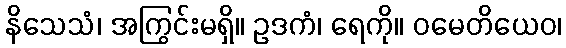
နိသေသံ၊ အကြွင်းမရှိ။ ဥဒကံ၊ ရေကို။ ဝမေတိယေဝ၊